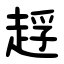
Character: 䞯